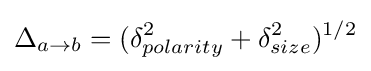
\Delta _{a\rightarrow b}=(\delta _{polarity}^{2}+\delta _{size}^{2})^{1/2}